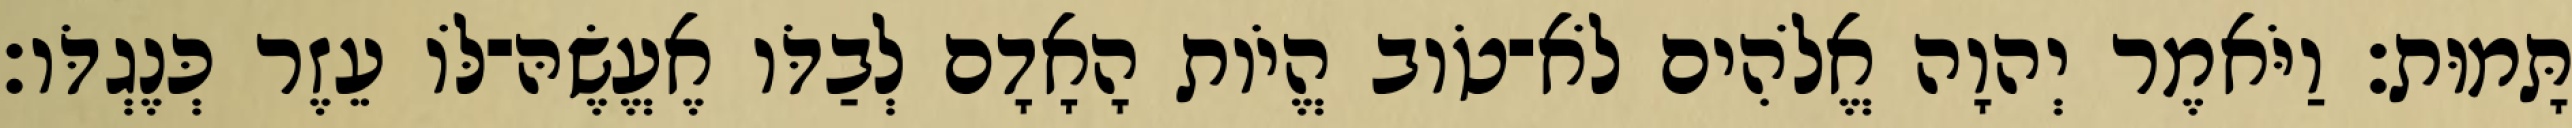
תָּמוּת׃ וַיֹּאמֶר יְהוָה אֱלֹהִים לֹא־טֹוב הֱיֹות הָאָדָם לְבַדֹּו אֶעֱשֶׂהּ־לֹּו עֵזֶר כְּנֶגְדֹּו׃